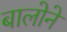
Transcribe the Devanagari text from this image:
बालोने